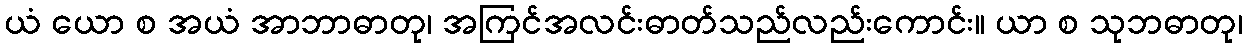
ယံ ယော စ အယံ အာဘာဓာတု၊ အကြင်အလင်းဓာတ်သည်လည်းကောင်း။ ယာ စ သုဘဓာတု၊